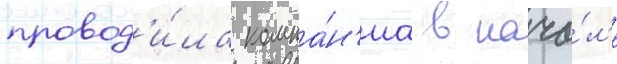
провод'и́ла компа́н'иа в нача́л'е